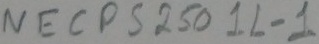
Text: NECPS250 1L